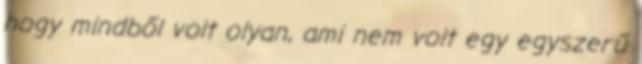
hogy mindből volt olyan, ami nem volt egy egyszerű